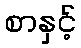
စာနှင့်